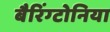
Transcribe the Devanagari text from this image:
बैरिंग्टोनिया